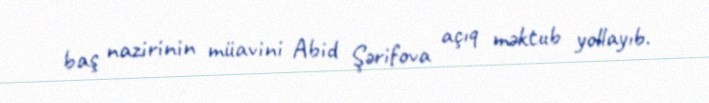
baş nazirinin müavini Abid Şərifova açıq məktub yollayıb.